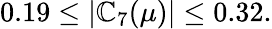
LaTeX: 0.19\leq\vert\mathbb{C}_{7}(\mu)\vert\leq0.32.